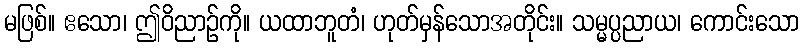
မဖြစ်။ ဧသော၊ ဤဝိညာဉ်ကို။ ယထာဘူတံ၊ ဟုတ်မှန်သောအတိုင်း။ သမ္မပ္ပညာယ၊ ကောင်းသော